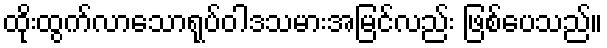
ထိုးထွက်လာသောရုပ်ဝါဒသမားအမြင်လည်း ဖြစ်ပေသည်။